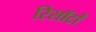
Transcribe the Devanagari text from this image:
रिसॉर्टों